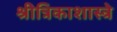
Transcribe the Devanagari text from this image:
श्रीत्रिकाशास्त्रे